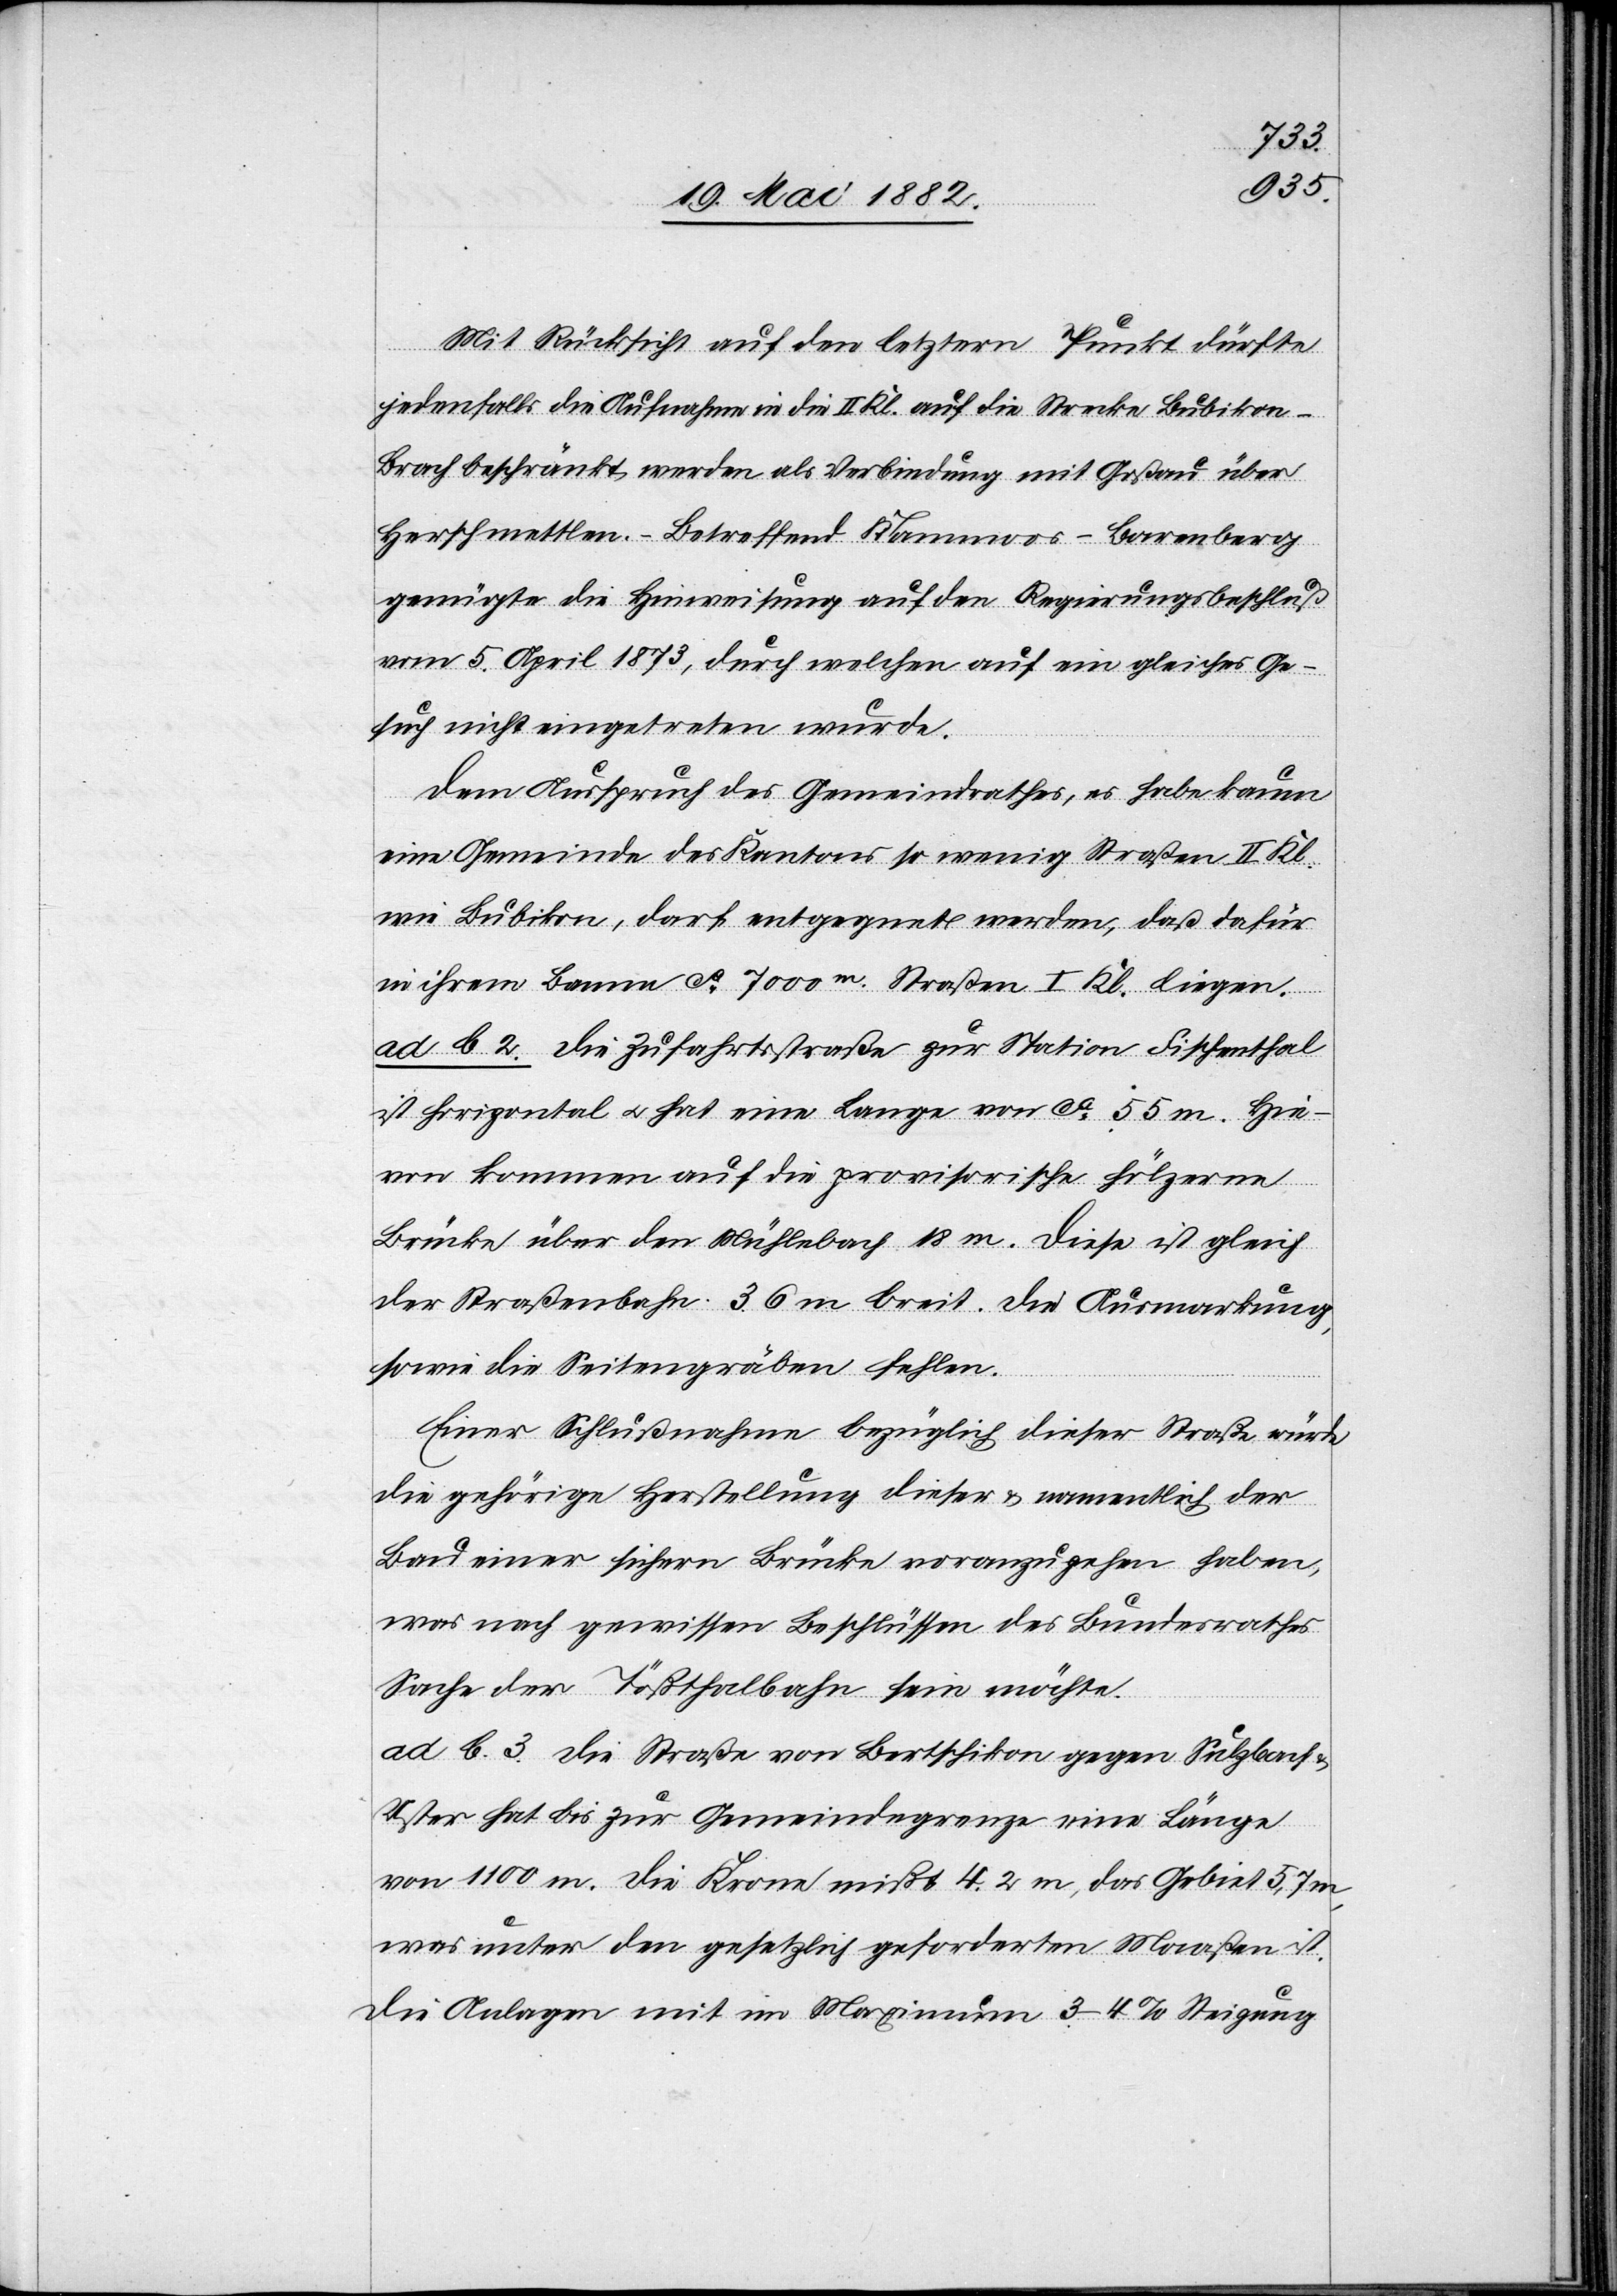
Mit Rücksicht auf den letztern Punkt dürfte
jedenfalls die Aufnahme in die II. Kl. auf die Strecke Bubiko¬
n–Brach beschränkt werden als Verbindung mit Goßau über
Herschmettlen. – Betreffend Kämmoos–Barenberg
genügte die Hinweisung auf den Regierungsbeschluß
vom 5. April 1873, durch welchen auf ein gleiches Ge¬
such nicht eingetreten wurde.
Dem Ausspruch des Gemeindrathes, es habe kaum
eine Gemeinde des Kantons so wenig Straßen II. Kl.
wie Bubikon, darf entgegnet werden, daß dafür
in ihrem Banne ca 7000m Straßen I. Kl. liegen.
ad b. 2. Die Zufahrtsstraße zur Station Fischenthal
ist horizontal u. hat eine Länge von ca 55 m. Hie¬
von kommen auf die provisorische hölzerne
Brücke über den Mühlebach 18 m. Diese ist gleich
der Straßenbahn 3.6 m breit. Die Ausmarkung,
sowie die Seitengräben fehlen.
Einer Schlußnahme bezüglich dieser Straße würde
die gehörige Herstellung dieser & namentlich der
Bau einer sichern Brücke vorauszugehen haben,
was nach gewissen Beschlüssen des Bundesrathes
Sache der Tößthalbahn sein möchte.
ad b. 3. Die Straße von Bertschikon gegen Sulzbach &
Uster hat bis zur Gemeindegrenze eine Länge
von 1100 m. Die Krone mißt 4.3 m, das Gebiet 5,7
was unter den gesetzlich geforderten Maaßen ist.
Die Anlagen mit im Maximum 3–4% Steigung